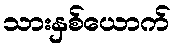
သားနှစ်ယောက်